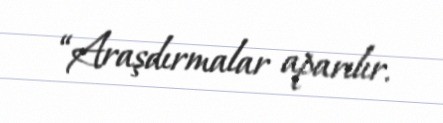
“Araşdırmalar aparılır.